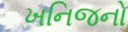
ખનિજનો